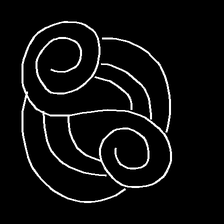
Glyph: wind-underfoot